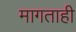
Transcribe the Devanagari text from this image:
मागताही